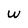
Character: w